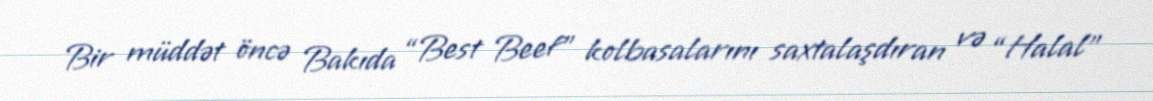
Bir müddət öncə Bakıda “Best Beef” kolbasalarını saxtalaşdıran və “Halal”